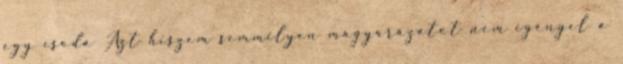
egy csoda Azt hiszem semmilyen magyarázatot nem igényel a